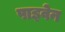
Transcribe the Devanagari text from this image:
पाइवेन